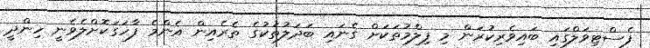
ފެސްޓިވަލްގައި ބައިވެރިކުރަން މި ފިލްމުތަކަށް ގެނައި ބަދަލުތަކުގެ ތެރެއިން އެންމެ ފާހަގަކޮށްލެވެނީ ހިންދީ